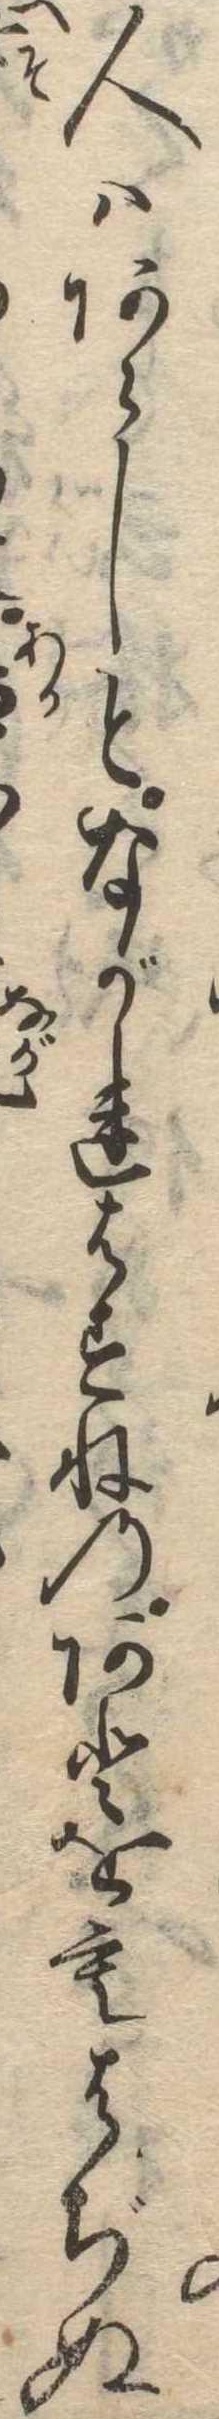
人はあらしとながれはすねのあとをもはぢぬ